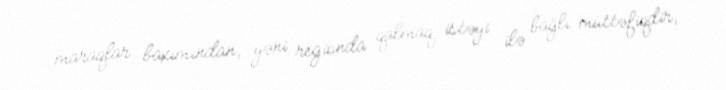
maraqlar baxımından, yəni regionda qalmaq istəyi ilə bağlı müttəfiqdir,